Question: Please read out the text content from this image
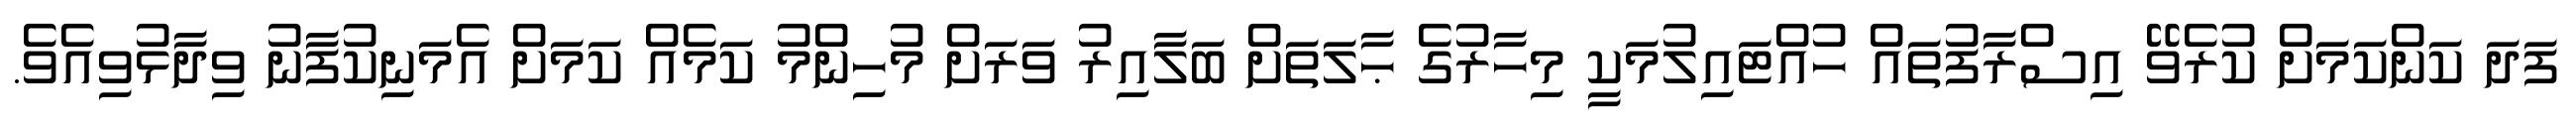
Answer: ފަދަ ކަންކަމަށް ކުރެވޭ އިސްރާފުތައް ހުއްޓައިލުމަކީ މިހާރުގެ ޙާލަތަށް ބަލާއިރު ވަރަށް މުހިންމު ކަމެއް ކަމަށް އެމަނިކުފާނު ވިދާޅުވިއެވެ.